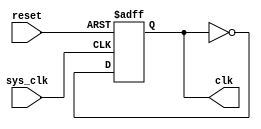
module CLK(sys_clk,reset,clk);
input sys_clk,reset;
output reg clk;
reg[31:0]sum;
always@(negedge sys_clk or posedge reset)
begin
	 if(reset)
	   begin
		  sum <= 1;
		  clk<=0;
		end
	 else
		  clk <= ~clk;
			
  end
endmodule